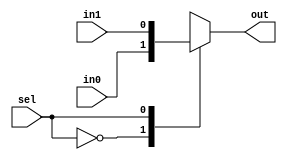
module mux2(output reg  out, input in0, in1, input sel);
   
   always @(*) begin
      case(sel)
	1'b0: out = in0;
	1'b1: out = in1;
      endcase
   end

endmodule